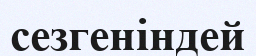
сезгеніндей